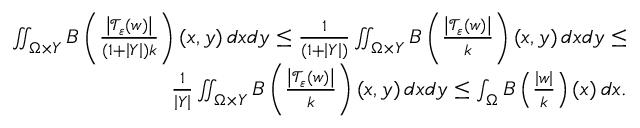
\begin{array} { r } { \iint _ { \Omega \times Y } B \left( \frac { \left\vert \mathcal { T } _ { \varepsilon } \left( w \right) \right\vert } { \left( 1 + \left\vert Y \right\vert \right) k } \right) \left( x , y \right) d x d y \leq \frac { 1 } { \left( 1 + \left\vert Y \right\vert \right) } \iint _ { \Omega \times Y } B \left( \frac { \left\vert \mathcal { T } _ { \varepsilon } \left( w \right) \right\vert } { k } \right) \left( x , y \right) d x d y \leq } \\ { \frac { 1 } { \left\vert Y \right\vert } \iint _ { \Omega \times Y } B \left( \frac { \left\vert \mathcal { T } _ { \varepsilon } \left( w \right) \right\vert } { k } \right) \left( x , y \right) d x d y \leq \int _ { \Omega } B \left( \frac { \left\vert w \right\vert } { k } \right) \left( x \right) d x . } \end{array}